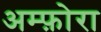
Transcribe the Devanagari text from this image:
अम्फ़ोरा